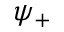
\psi _ { + }